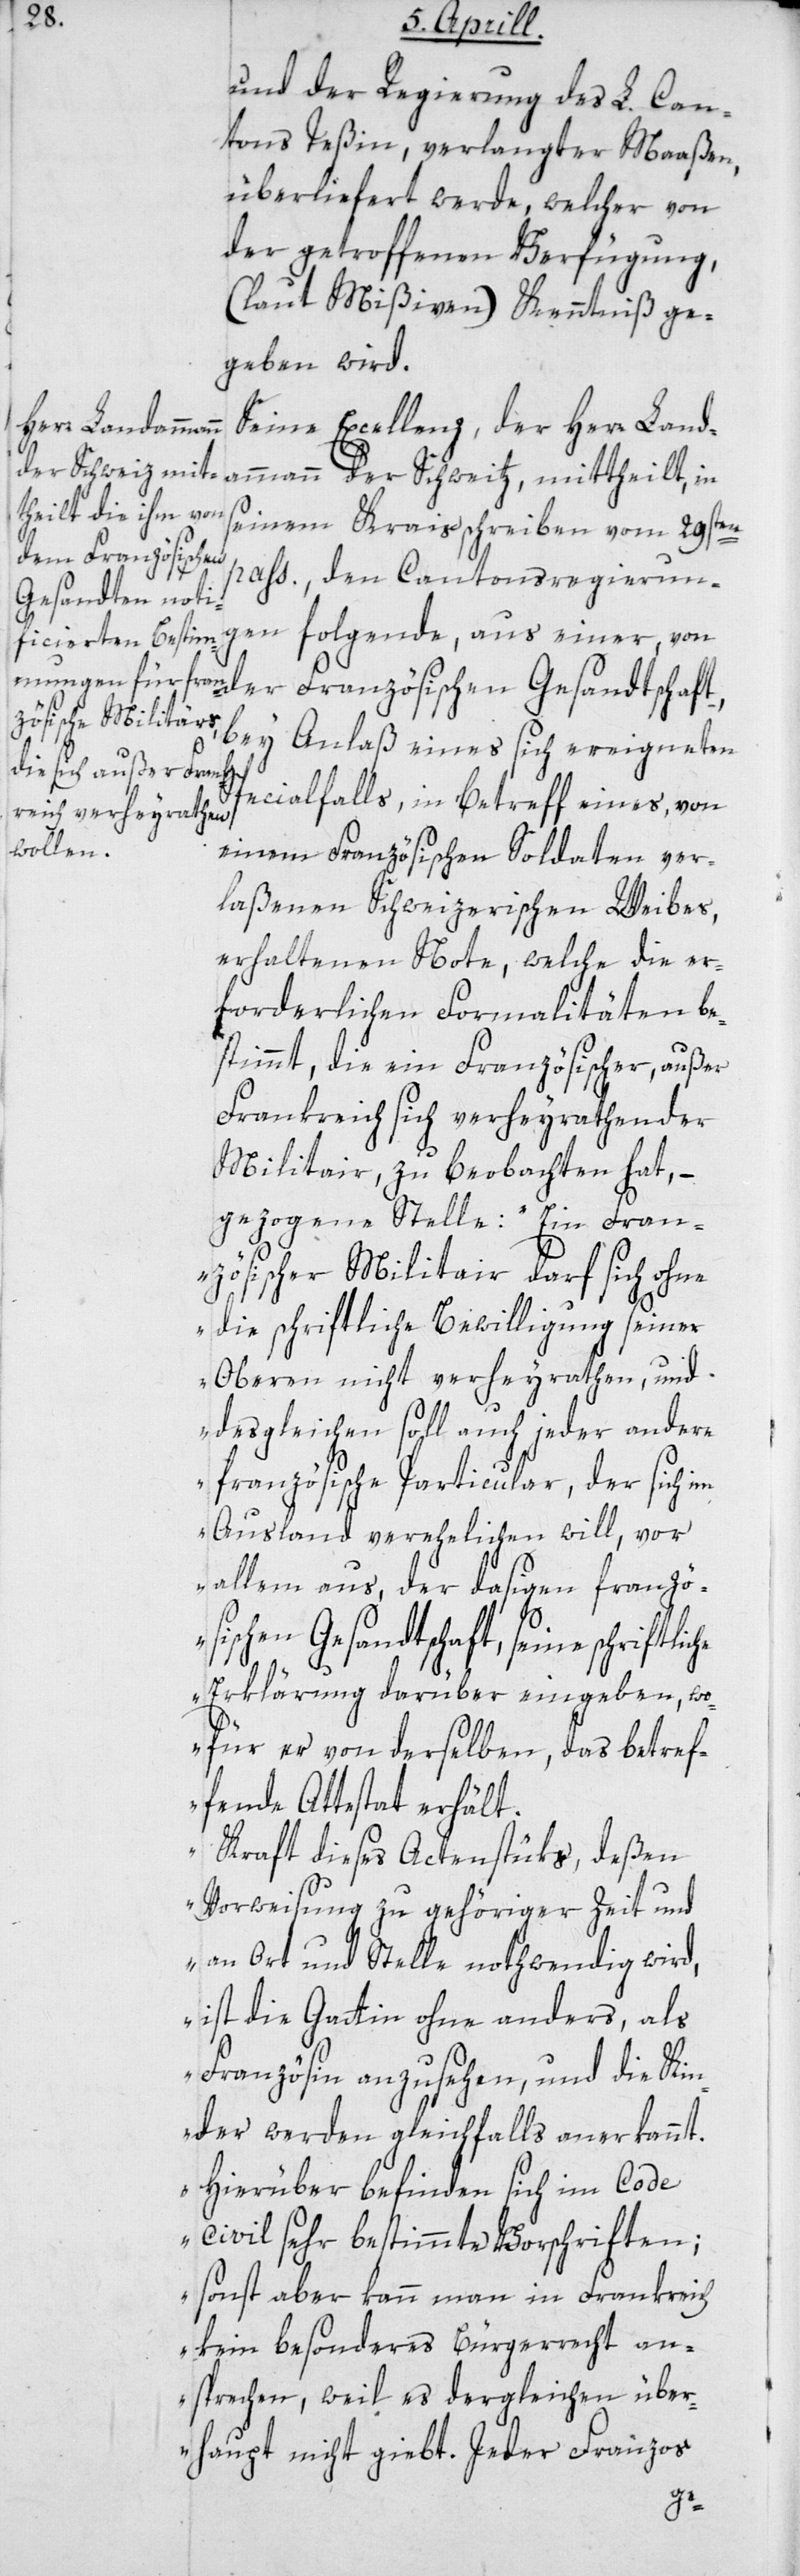
und der Regierung des L. Can¬
tons Teßin, verlangter Maaßen,
überliefert werde, welcher von
der getroffenen Verfügung,
(laut Mißiven) Kenntniß ge¬
geben wird.
Seine Excellenz, der Herr Land¬
ammann der Schweitz, mittheilt, in
seinem Kraisschreiben vom 29sten
der Französi¬
pass., den Cantonsregierun¬
gen folgende, aus einer von
bey Anlaß eines sich ereigneten
Specialfalls, in Betreff eines, von
einem Französischen Soldaten ver¬
laßenen Schweizerischen Weibes,
erhaltenen Note, welche die er¬
forderlichen Formalitäten be¬
stimmt, die ein Französischer, außer
Frankreich sich verheyrathender
Militair, zu beobachten hat, –
gezogene Stelle: „Ein Fran¬
zösischer Militair darf sich ohne
die schriftliche Bewilligung seiner
Oberen nicht verheyrathen, und
desgleichen soll auch jeder andere
französische Particular, der sich im
Ausland verehelichen will, vor
allem aus, der dasigen französ¬
ischen Gesandtschaft, seine
Erklärung darüber eingeben, wo¬
für er von derselben, das betref¬
fende Attestat erhält.
Kraft dieses Actenstüks, deßen
Vorweisung zu gehöriger Zeit und
an Ort und Stelle nothwendig wird,
ist die Gattin ohne anders, als
Französin anzusehen, und die Kin¬
der werden gleichfalls anerkannt.
Hierüber befinden sich im Code
civil sehr bestimmte Vorschriften;
sonst aber kann man in Frankreich
kein besonderes Bürgerrecht an¬
sprechen, weil es dergleichen über¬
haupt nicht giebt. Jeder Franzos